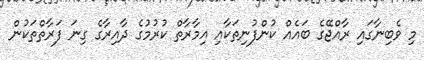
މި ވެބިނާގައި ރާއްޖޭގެ ބައެއް ކުންފުނިތަކާއި އިމާރާތް ކުރުމުގެ ދާއިރާގެ ގިނަ ފަރާތްތަކުން